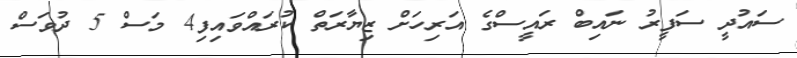
ސައުދީ ސަފީރު ނައިބް ރައީސްގެ އަރިހަށް ޒިޔާރަތް ކުރައްވައިފި4 މަސް 5 ދުވަސް